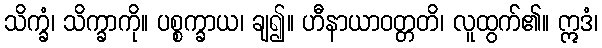
သိက္ခံ၊ သိက္ခာကို။ ပစ္စက္ခာယ၊ ချ၍။ ဟီနာယာဝတ္တတိ၊ လူထွက်၏။ ဣဒံ၊